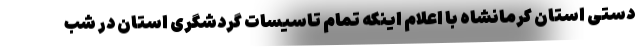
دستی استان کرمانشاه با اعلام اینکه تمام تاسیسات گردشگری استان در شب